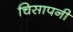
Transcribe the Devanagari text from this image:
चिसापनी